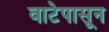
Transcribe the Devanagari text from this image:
वाटेपासून